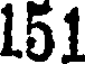
151